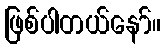
ဖြစ်ပါတယ်နော်။